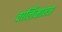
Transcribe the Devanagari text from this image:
चार्लिमान्ज